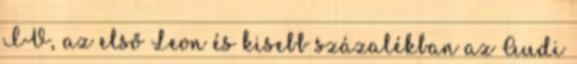
IV, az első Leon és kisebb százalékban az Audi